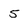
Character: 5